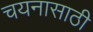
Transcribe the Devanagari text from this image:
चयनासाठी